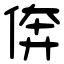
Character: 倴